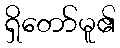
ရှိတော်မူ၏